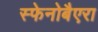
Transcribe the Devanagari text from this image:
स्फेनोबैएरा